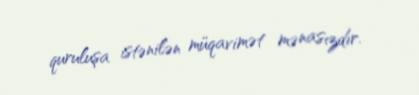
quruluşa istənilən müqavimət mənasızdır.